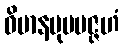
ဝိမာနမုပပဇ္ဇဟံ